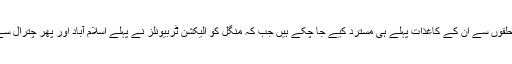
اسلام آباد، کراچی اور قصور کے حلقوں سے ان کے کاغذات پہلے ہی مسترد کیے جا چکے ہیں جب کہ منگل کو الیکشن ٹربیونلز نے پہلے اسلام آباد اور پھر چترال سے ان کے کاغذات کو مسترد کردیا۔